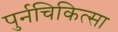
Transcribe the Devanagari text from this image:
पुर्नचिकित्सा